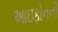
આઇફોનની